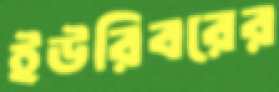
ইউরিবরের